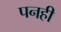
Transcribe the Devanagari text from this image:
पनही